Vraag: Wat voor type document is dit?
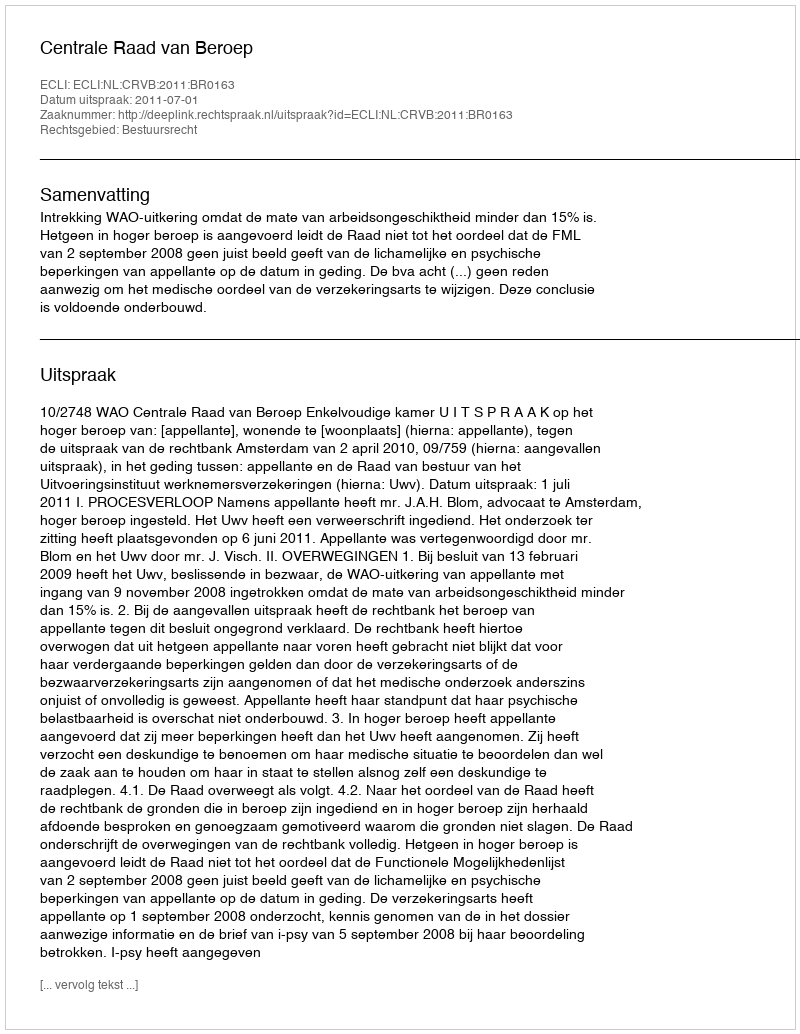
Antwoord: Uitspraak